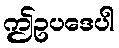
ဤဥပဒေပါ